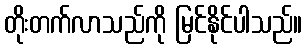
တိုးတက်လာသည်ကို မြင်နိုင်ပါသည်။